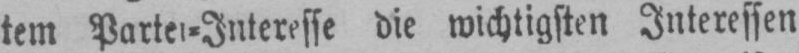
tem Partei⸗Interesse die wichtigsten Interessen